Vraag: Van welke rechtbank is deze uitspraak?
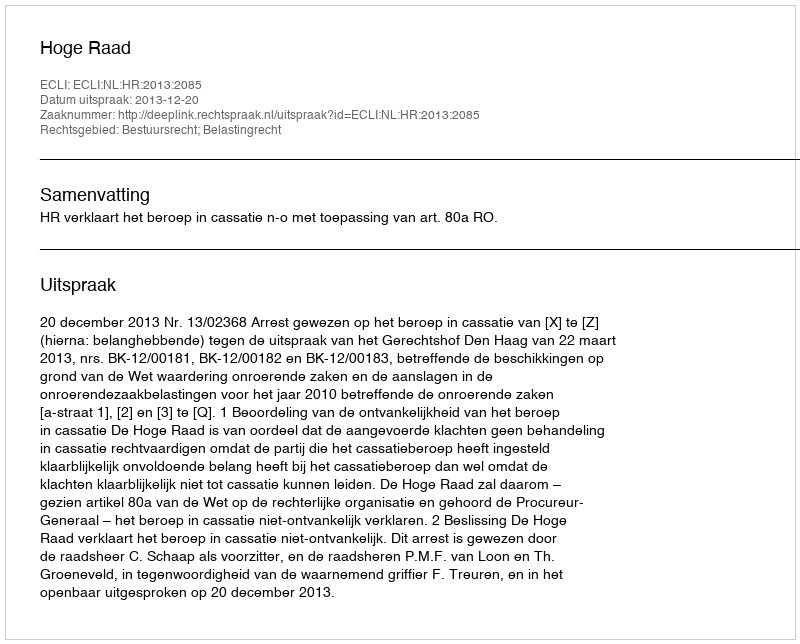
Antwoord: Hoge Raad